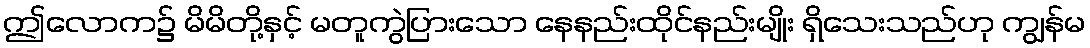
ဤလောက၌ မိမိတို့နှင့် မတူကွဲပြားသော နေနည်းထိုင်နည်းမျိုး ရှိသေးသည်ဟု ကျွန်မ